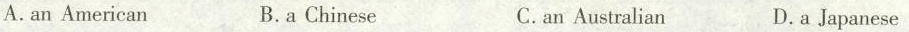
A.an American B.a Chinese C.an Australian D.a Japanese